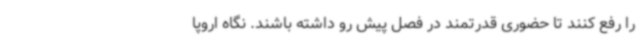
را رفع کنند تا حضوری قدرتمند در فصل پیش رو داشته باشند. نگاه اروپا